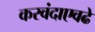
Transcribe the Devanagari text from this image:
करवंदाएवढे